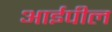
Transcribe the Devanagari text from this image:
आईपील